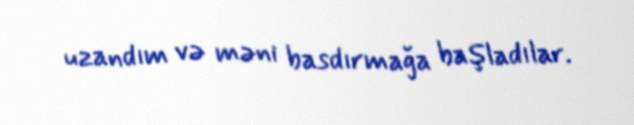
uzandım və məni basdırmağa başladılar.